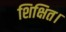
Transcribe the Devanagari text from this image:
शिक्षित।